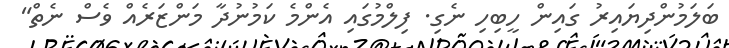
ބަލަމުންދިޔައިރު ގައިން ހީބިހި ނެގި. ފިލްމުގައި އެންމެ ކަމުނުދާ މަންޒަރެއް ވެސް ނެތް"